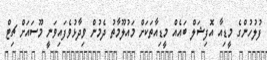
ފުލުހުންގެ މީޑިއާ އޮފިޝަލް ބައެއް މީޑިއާތަކަށް މައުލޫމާތު ދެމުން ވިދާޅުވެފައިވަނީ މޫސައަށް ޗިޓް